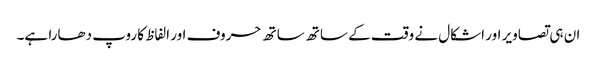
ان ہی تصاویر اور اشکال نے وقت کے ساتھ ساتھ حروف اور الفاظ کا روپ دھارا ہے۔